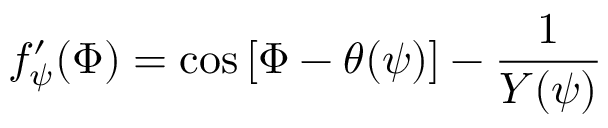
f _ { \psi } ^ { \prime } ( \Phi ) = \cos \left[ \Phi - \theta ( \psi ) \right] - \frac { 1 } { Y ( \psi ) }